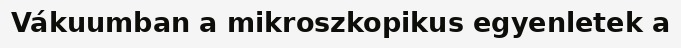
Vákuumban a mikroszkopikus egyenletek a